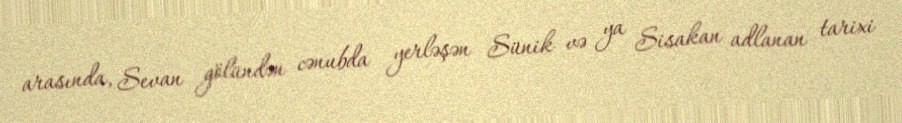
arasında, Sevan gölündən cənubda yerləşən Sünik və ya Sisakan adlanan tarixi